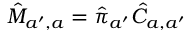
\hat { M } _ { a ^ { \prime } , a } = \hat { \pi } _ { a ^ { \prime } } \hat { C } _ { a , a ^ { \prime } }